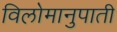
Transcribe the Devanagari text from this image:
विलोमानुपाती